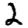
Digit: 2